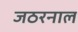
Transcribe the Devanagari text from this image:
जठरनाल